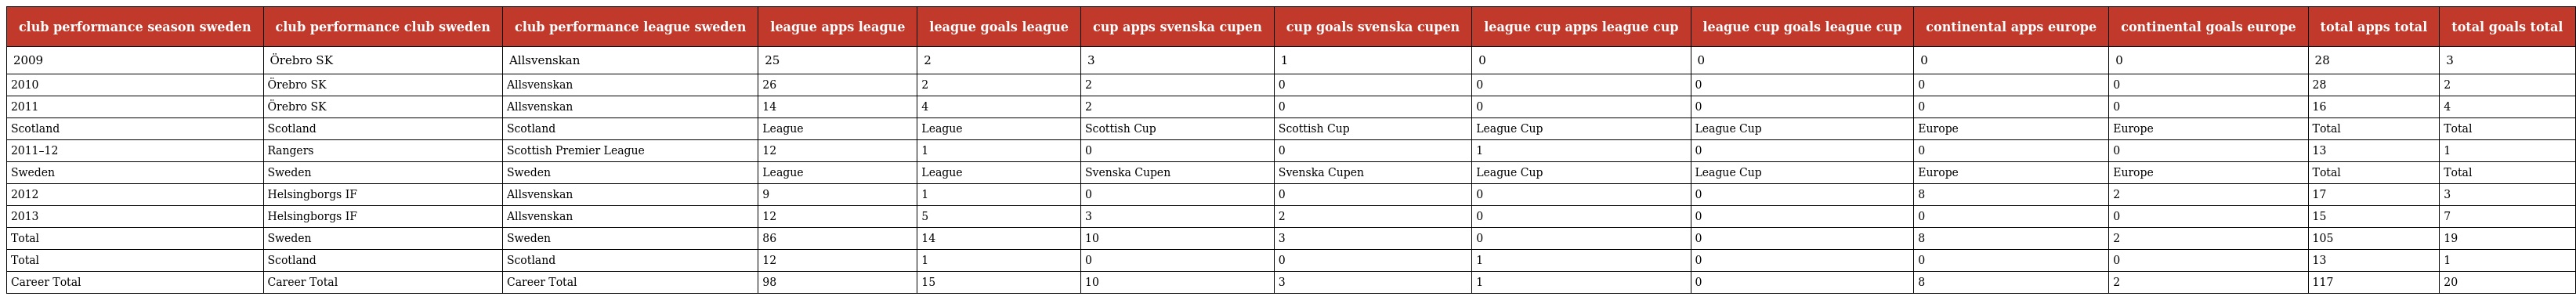
| club performance season sweden | club performance club sweden | club performance league sweden | league apps league | league goals league | cup apps svenska cupen | cup goals svenska cupen | league cup apps league cup | league cup goals league cup | continental apps europe | continental goals europe | total apps total | total goals total |
 | --- | --- | --- | --- | --- | --- | --- | --- | --- | --- | --- | --- | --- |
 | 2009 | Örebro SK | Allsvenskan | 25 | 2 | 3 | 1 | 0 | 0 | 0 | 0 | 28 | 3 |
 | 2010 | Örebro SK | Allsvenskan | 26 | 2 | 2 | 0 | 0 | 0 | 0 | 0 | 28 | 2 |
 | 2011 | Örebro SK | Allsvenskan | 14 | 4 | 2 | 0 | 0 | 0 | 0 | 0 | 16 | 4 |
 | Scotland | Scotland | Scotland | League | League | Scottish Cup | Scottish Cup | League Cup | League Cup | Europe | Europe | Total | Total |
 | 2011–12 | Rangers | Scottish Premier League | 12 | 1 | 0 | 0 | 1 | 0 | 0 | 0 | 13 | 1 |
 | Sweden | Sweden | Sweden | League | League | Svenska Cupen | Svenska Cupen | League Cup | League Cup | Europe | Europe | Total | Total |
 | 2012 | Helsingborgs IF | Allsvenskan | 9 | 1 | 0 | 0 | 0 | 0 | 8 | 2 | 17 | 3 |
 | 2013 | Helsingborgs IF | Allsvenskan | 12 | 5 | 3 | 2 | 0 | 0 | 0 | 0 | 15 | 7 |
 | Total | Sweden | Sweden | 86 | 14 | 10 | 3 | 0 | 0 | 8 | 2 | 105 | 19 |
 | Total | Scotland | Scotland | 12 | 1 | 0 | 0 | 1 | 0 | 0 | 0 | 13 | 1 |
 | Career Total | Career Total | Career Total | 98 | 15 | 10 | 3 | 1 | 0 | 8 | 2 | 117 | 20 |